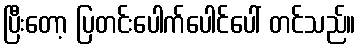
ပြီးတော့ ပြတင်းပေါက်ပေါင်ပေါ် တင်သည်။